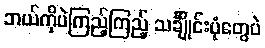
ဘယ်ကိုပဲကြည့်ကြည့် သင်္ချိုင်းပုံတွေပဲ